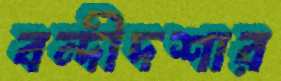
বন্দীদশার